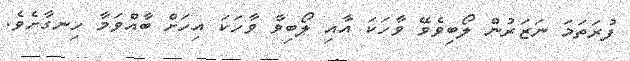
ފުރަތަމަ ނަޒަރުން ލޯބިވެވޭ ވާހަކަ އާއި ލޯބިވާ ވާހަކަ އިހަށް ބާއްވަމާ ހިނގާށެވެ.